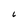
Character: C